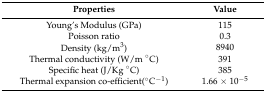
<table><thead><tr><td><b>Properties</b></td><td><b>Value</b></td></tr></thead><tbody><tr><td>Young’s Modulus (GPa)</td><td>115</td></tr><tr><td>Poisson ratio</td><td>0.3</td></tr><tr><td>Density (kg/m<sup>3</sup>)</td><td>8940</td></tr><tr><td>Thermal conductivity (W/m °C)</td><td>391</td></tr><tr><td>Specific heat (J/Kg °C)</td><td>385</td></tr><tr><td>Thermal expansion co-efficient(°C<sup>−1</sup>)</td><td>1.66 × 10<sup>−5</sup></td></tr></tbody></table>